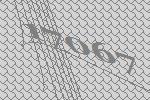
17067